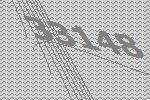
33148